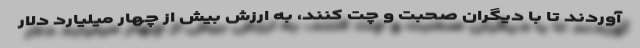
آوردند تا با دیگران صحبت و چت کنند، به ارزش بیش از چهار میلیارد دلار